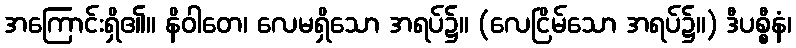
အကြောင်းရှိ၏။ နိဝါတေ၊ လေမရှိသော အရပ်၌။ (လေငြိမ်သော အရပ်၌။) ဒီပစ္စီနံ၊